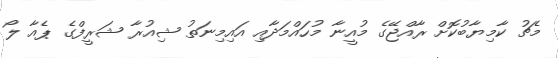
މެޗު ކާމިޔާބުކޮށް ރާއްޖޭގެ މުއީނާ މުހައްމަދާއި އައިމިނަތު ޝިއުރާ ޝަރީފްގެ ޕެއާ ލޯ